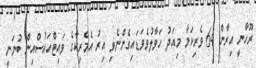
ރޫހާނީ އިރާން 64 ވެރިކަމާ މިއަދު ހަވާލުވެވަޑައިގެންނެވި އިރު އެމެރިކާގެ ވައިޓްހައުސްއިން ބުނަނީ